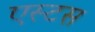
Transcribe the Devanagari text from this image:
एस्टस